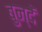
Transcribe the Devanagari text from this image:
बुन्दें